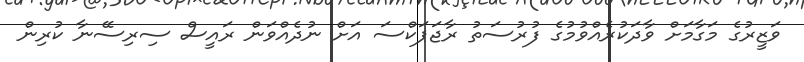
ވަޒީރުގެ މަގާމަށް ވާދަކުރެއްވުމުގެ ފުރުސަތު ރާޖަޕަކްސަ އަށް ނުދެއްވަން ރައީސް ސިރިސޭނާ ކުރިން